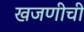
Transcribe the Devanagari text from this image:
खजणीची